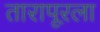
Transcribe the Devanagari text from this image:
तारापूरला